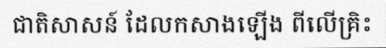
ជាតិសាសន៍ ដែលកសាងឡើង ពីលើគ្រិះ